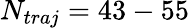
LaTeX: N_{traj}=43-55